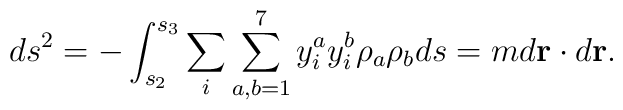
ds^2 = -\int_{s_2}^{s_3} \sum_{i} \sum_{a,b=1}^7 {y}_i^{a}    {y}_i^{b} \rho_a \rho_b ds = m d {\bf r}\cdot d {\bf r}.